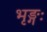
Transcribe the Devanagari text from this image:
भृङ्गः